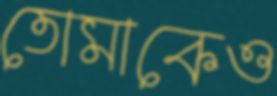
তোমাকেও